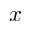
x